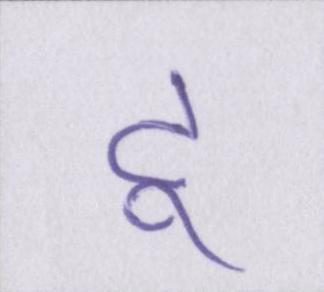
टू